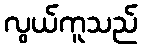
လွယ်ကူသည်